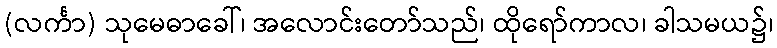
(လင်္ကာ) သုမေဓာခေါ်၊ အလောင်းတော်သည်၊ ထိုရော်ကာလ၊ ခါသမယ၌၊